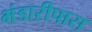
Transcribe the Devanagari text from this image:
भंडारीपारा